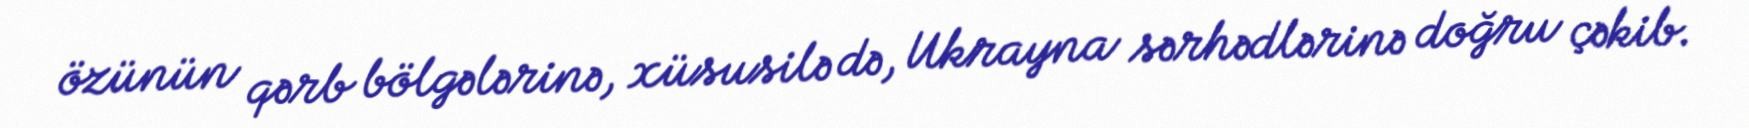
özünün qərb bölgələrinə, xüsusilə də, Ukrayna sərhədlərinə doğru çəkib.